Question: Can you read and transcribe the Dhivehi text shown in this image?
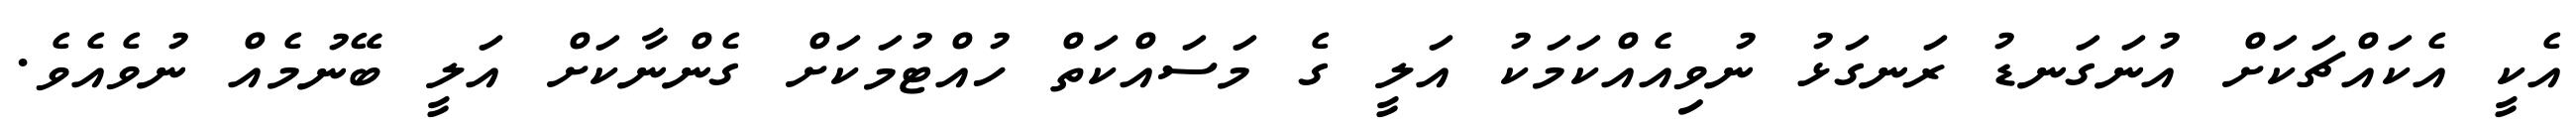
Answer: އެކީ އެކައްޗަކަށް އުނަގަނޑު ރަނގަޅު ނުވިއެއްކަމަކު އަލީ ގެ މަސައްކަތް ހުއްޓުމަކަށް ގެންނާކަށް އަލީ ބޭނުމެއް ނުވެއެވެ.